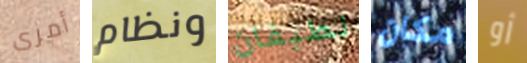
أمرى ونظام لطيفان مكان أو